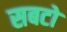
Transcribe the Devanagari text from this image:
सबटो